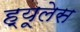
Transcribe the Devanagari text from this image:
ह्यूलेस